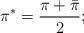
LaTeX: \begin{align*}\pi^*=\frac{\pi+\bar{\pi}}{2};\end{align*}